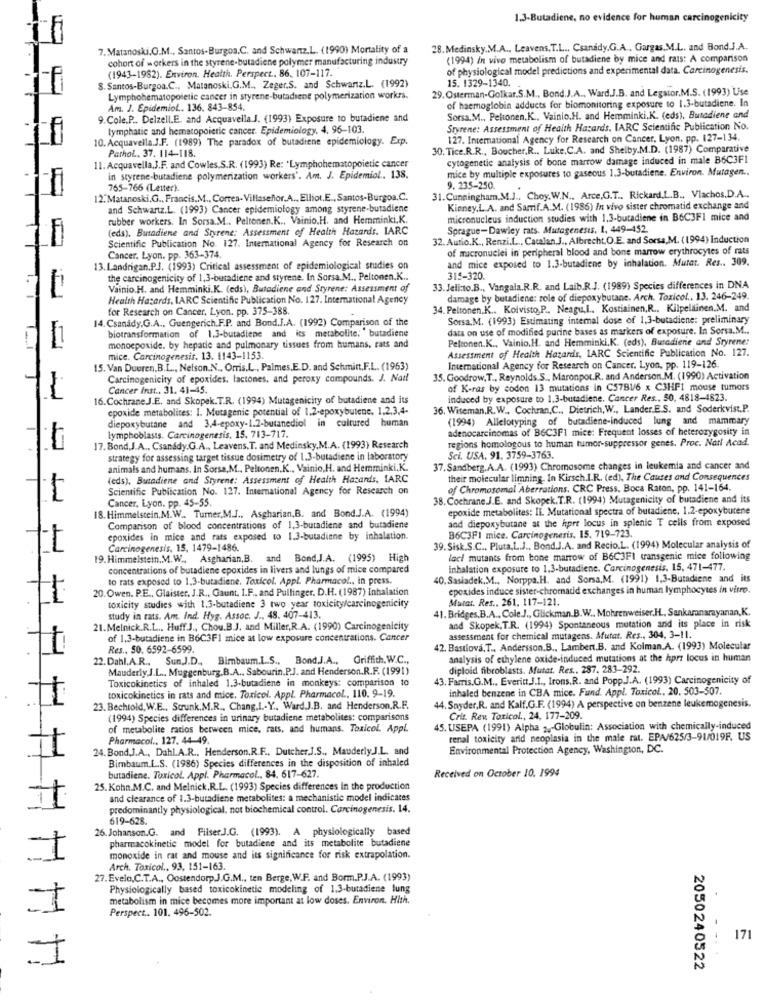
1.3-Butadiene, no evidence for human carcinogenicity
7. Matanoski.O.M ., Santos-Burgos.C. and Schwartz.L. (1990) Mortality of a
28. Medinsky.M.A ., Leavens. T.L .. Csanády.G.A ., Gargas.M.L. and Bond.J.A.
cohort of workers in the styrene-butadiene polymer manufacturing industry
(1994) In vivo metabolism of butadiene by mice and rats: A comparison
(1943-1982). Environ. Health. Perspect .. 86. 107-117.
of physiological model predictions and experimental data. Carcinogenesis.
8. Santos-Burgoa.C ., Matanoski.G.M ., Zeger.S. and Schwartz.L. (1992)
15. 1329-1340.
29. Osterman-Golkar.S.M ., Bond.J.A ., Ward.J.B. and Legator.M.S. (1993) Use
Lymphohematopoietic cancer in styrene-butadiene polymerization workrs.
Am. J. Epidemiol .. 136. 843-854.
of haemoglobin adducts for biomonitoring exposure to 1.3-butadiene. In
9.Cole.P .. Delzell.E. and Acquavella.J. (1993) Exposure to butadiene and
Sorsa.M ., Peltonen.K ., Vainio.H. and Hemminki.K. (eds), Butadiene and
lymphatic and hematopoietic cancer. Epidemiology. 4, 96-103
Styrene: Assessment of Health Hasards. IARC Scientific Publication No.
10. Acquavella.J.F. (1989) The paradox of butadiene epidemiology. Exp.
127. International Agency for Research on Cancer, Lyon, pp. 127-134.
Pathol, 37. 114-118.
30. Tice.R.R ., Boucher.R ., Luke,C.A. and Shelby.M.D. (1987) Comparative
cytogenetic analysis of bone marrow damage induced in male B6C3F1
11. Acquavella,J.F. and Cowles.S.R. (1993) Re: 'Lymphohematopoietie cancer
mice by multiple exposures to gaseous 1.3-butadiene. Environ. Mutagen ..
in styrene-butadiene polymerization workers'. Am. J. Epidemiol .. 138.
765-766 (Letter).
9. 235-250.
12. Matanoski,G ., Francis.M ., Corres- Villaseñor.A .. Elliot.E ., Santos-Burgoa.C.
31.Cunningham.M.J .. Choy.W.N ., Arce,G.T ., Rickard.L.B ., Vlachos.D.A ..
and Schwartz.L. (1993) Cancer epidemiology among styrene-butadiene
Kinney.L.A. and Sarrif.A.M. (1986) In vivo sister chromatid exchange and
rubber workers. In Sorsa.M ., Peltonen.K ., Vainio.H. and Hemminki,K.
micronucleus induction studies with 1,3-butadiene in B6C3FI mice and
(eds). Butadiene and Styrene: Assessment of Health Hazards. IARC
Sprague-Dawley rats. Mutagenesis, 1, 449-452.
Scientific Publication No. 127. International Agency for Research on
32. Autio.K ., Renzi.L ., Catalan.J ., Albrecht.O.E. and Sorsa,M. (1994) Induction
of macronuclei in peripheral blood and bone marrow erythrocytes of rats
Cancer. Lyon. pp. 363-374.
and mice exposed to 1.3-butadiene by inhalation. Mutat. Res .. 309.
13. Landrigan.P.J. (1993) Critical assessment of epidemiological studies on
the carcinogenicity of 1,3-butadiene and styrene. In Sorsa.M .. Peltonen.K ..
315-320.
Vainio.H. and Hemminki.K. (eds), Butadiene and Styrene: Assessment of
33. Jeli:to.B ., Vangala.R.R. and Laib.R.J. (1989) Species differences in DNA
Health Hasards, LARC Scientific Publication No. 127. International Agency
damage by butadiene: role of diepoxybutane. Arch. Toxicol .. 13. 246-249.
for Research on Cancer, Lyon. pp. 375-388.
34. Peltonen, K ., Koivisto,P ., Neagu,I. Kostiainen,R ., Kilpeläinen.M. and
14. Csanády,G.A ., Guengerich.F.P. and Bond.J.A. (1992) Comparison of the
Sorsa, M. (1993) Estimating internal dose of 1,3-butadiene: preliminary
biotransformation of 1.3-butadiene and its metabolite: butadiene
data on use of modified purine bases as markers of exposure. In Sorsa.M ..
1
Peltonen.K ., Vainio. H. and Hemminki,K. (eds), Butadiene and Styrene:
monoepoxide. by hepatle and pulmonary tissues from humans, rats and
Assessment of Health Hazards, LARC Scientific Publication No. 127.
mice. Carcinogenesis. 13. 1143-1153.
15. Van Duuren,B.L ., Nelson.N ., Orris,L ., Palmes.E.D. and Schmitt.F.L. (1963)
International Agency for Research on Cancer. Lyon, pp. 119-126.
Carcinogenicity of epoxides. lactones, and peroxy compounds. J. Nail
35. Goodrow,T ., Reynolds.S ., Maronpot.R. and Anderson.M. (1990) Activation
Cancer Inst .. 31. 41-45.
of K-ras by codon 13 mutations in C5781/6 x C3HFI mouse tumors
16.Cochrane.J.E. and Skopek.T.R. (1994) Mutagenicity of butadiene and its
induced by exposure to 1.3-butadiene. Cancer Res .. 50, 4818-4823.
epoxide metabolites: I. Mutagenic potential of 1.2-epoxybutene. 1.2,3,4-
36. Wiseman.R.W .. Cochran,C ., Dietrich, W ., Lander.E.S. and Soderkvist.P.
in cultured human
(1994) Allelotyping of butadiene-induced lung and mammary
diepoxybutane and 3,4-epoxy-1.2-butanediol
adenocarcinomas of B6C3F1 mice: Frequent losses of heterozygosity in
lymphoblasts. Carcinogenesis, 15, 713-717.
regions homologous to human tumor-suppressor genes. Proc. Nail Acad.
17.Bond,J.A ., Csanddy.G.A ., Leavens. T. and Medinsky,M.A. (1993) Research
strategy for assessing target tissue dosimetry of 1.3-butadiene in laboratory
Sci. USA. 91. 3759-3763
animals and humans. In Sorsa, M ., Peltonen.K ., Vainio, H. and Hemminki,K.
37. Sandberg.A.A. (1993) Chromosome changes in leukemia and cancer and
(eds), Butadiene and Styrene: Assessment of Health Hacards, IARC
their molecular limning. In Kirsch.I.R. (ed), The Causes and Consequences
Scientific Publication No. 127. International Agency for Research on
of Chromosomal Aberrations. CRC Press, Boca Raton, pp. 141-164.
Cancer, Lyon. pp. 45-55.
38. Cochrane.J.E. and Skopek. T.R. (1994) Mutagenicity of butadiene and its
18. Himmelstein,M.W .. Turner,M.J .. Asgharian,B. and Bond.J.A. (1994)
epoxide metabolites: IL Mutational spectra of butadiene. 1.2-epoxybutene
and diepoxybutane at the hpre locus in splenic T cells from exposed
Comparison of blood concentrations of 1,3-butadiene and butadiene
epoxides in mice and rats exposed to 1.3-butadiene by inhalation.
B6C3FI mice. Carcinogenesis. 15. 719-723.
Carcinogenesis, 15, 1479-1486.
39. Sisk.S.C ., Pluta,L.J ., Bond.J.A. and Recio.L. (1994) Molecular analysis of
19. Himmelstein,M.W ., Asgharian,B. and Bond,J.A. (1995)
High
laci mutants from bone marrow of B6C3FI transgenic mice following
concentrations of butadiene epoxides in livers and lungs of mice compared
inhalation exposure to 1.3-butadiene. Carcinogenesis, 15, 471-477.
to rats exposed to 1.3-butadiene. Toxicol. Appl Pharmacol ., in press.
40. Sasiadek,M ., Norppa.H. and Sorsa,M. (1991) 1.3-Butadiene and its
20. Owen. P.E ., Glaister, J.R ., Gaunt, I.F ., and Pullinger. D.H. (1987) Inhalation
epoxides induce sister-chromatid exchanges in human lymphocytes in vitro.
Murat. Res .. 261, 117-121.
toxicity studies with 1.3-butadiene 3 two year toxicity/carcinogenicity
41. Bridges,B.A ., Cole.J ., Glickman.B.W ., Mohrenweiser,H ., Sankaranarayanan,K.
study in rats. Am. Ind. Hyg. Assoc. J ., 48. 407-413.
21.Melnick.R.L ., Huff.J ., Chou.B.J. and Miller,R.A. (1990) Carcinogenicity
and Skopek, T.R. (1994) Spontaneous mutation and its place in risk
of 1.3-butadiene in B6C3F1 mice at low exposure concentrations. Cancer
assessment for chemical mutagens. Mutat. Res ., 304, 3-11.
11
Res ., 50. 6592-6599.
42. Bastlová, T ., Andersson.B ., Lambert.B. and Kolman.A. (1993) Molecular
22. Dabl. A.R ., Sun,J.D ., Bimbaum.I.S ., Bond.J.A ., Griffith. W.C .,
analysis of ethylene oxide-induced mutations at the hprz locus in human
Mauderly.J.L ., Muggenburg.B.A ., Sabourin.P.J. and Henderson.R.F. (1991)
diploid fibroblasts. Mutat. Res ., 287. 283-292.
Toxicokinetics of inhaled 1.3-butadiene in monkeys: comparison to
43. Farris.G.M ., Everitt,J.I ., Irons.R. and Popp.J.A. (1993) Carcinogenicity of
inhaled benzene in CBA mice. Fund. Appl. Toxicol .. 20. 503-507.
toxicokinetics in rats and mice. Toxicol. Appl. Pharmacol .. 110. 9-19.
44. Snyder,R. and Kalf.G.F. (1994) A perspective on benzene leukemogenesis.
23. Bechtold, W.E ., Strunk.M.R ., Chang.I .- Y ., Ward.J.B. and Henderson,R.F.
(1994) Species differences in urinary butadiene metabolites: comparisons
Crit. Rev. Toxicol ., 24, 177-209.
of metabolite rados between mice, rats, and humans. Toxicol. Appl.
45. USEPA (1991) Alpha ,- Globulin: Association with chemically-induced
Pharmacol ., 127. 44-49.
renal toxicity and neoplasia in the male rat. EPA/625/3-91/019F. US
11
24. Bond,J.A ., Dahl.A.R ., Henderson,R.F ., Dutcher.J.S ., Mauderly.J.L. and
Environmental Protection Agency, Washington, DC.
Bimbaum.L.S. (1986) Species differences in the disposition of inhaled
Received on October 10, 1994
butadiene. Toxicol. Appl. Pharmacol ., 84. 617-627.
25. Kohn.M.C. and Melnick.R.L. (1993) Species differences In the production
and clearance of 1.3-butadiene metabolites: a mechanistic model indicates
predominantly physiological, not biochemical control. Carcinogenesis. 14.
619-628.
26. Johanson.G. and Filser.J.G. (1993). A physiologically based
pharmacokinetic model for butadiene and its metabolite butadiene
1
monoxide in rat and mouse and its significance for risk extrapolation.
Arch. Toxicol ., 93, 151-163.
27. Evelo,C.T.A ., OostendorpJ.G.M ., ten Berge,W.F. and Borm.P.J.A. (1993)
Physiologically based toxicokinetic modeling of 1.3-butadiene lung
metabolism in mice becomes more important at low doses. Environ. Hith.
1
Perspect .. 101. 496-502.
-
171
THH
2050240522